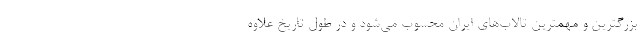
بزرگترین و مهمترین تالاب‌های ایران محسوب می‌شود و در طول تاریخ علاوه